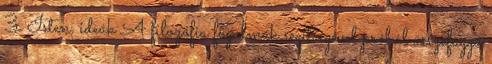
3. Isten, ideák A filozófia fogalmak segítségével próbál összefüggő